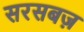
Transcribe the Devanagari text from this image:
सरसबज़